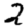
Digit: 2